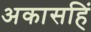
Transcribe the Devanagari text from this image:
अकासहिं